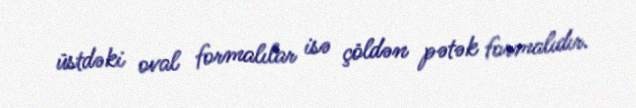
üstdəki oval formalılar isə çöldən pətək formalıdır.